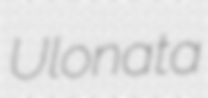
Ulonata